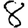
Digit: 8